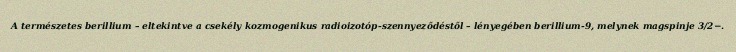
A természetes berillium – eltekintve a csekély kozmogenikus radioizotóp-szennyeződéstől – lényegében berillium-9, melynek magspinje 3/2−.